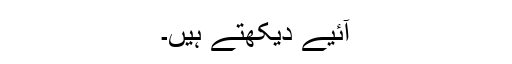
آئیے دیکھتے ہیں۔